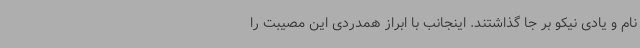
نام و یادی نیکو بر جا گذاشتند. اینجانب با ابراز همدردی این مصیبت را